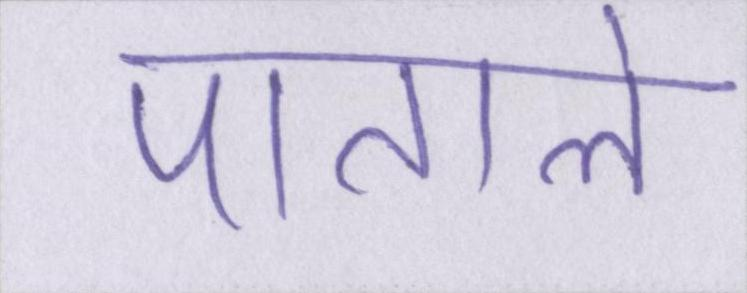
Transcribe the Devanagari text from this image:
पाताले